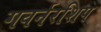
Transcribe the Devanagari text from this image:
गवर्नरशिप